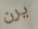
يرن